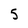
Character: 5